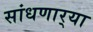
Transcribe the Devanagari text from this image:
सांधणार्‍या